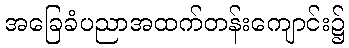
အခြေခံပညာအထက်တန်းကျောင်း၌